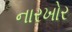
નારખોર